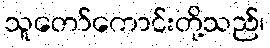
သူတော်ကောင်းတို့သည်၊